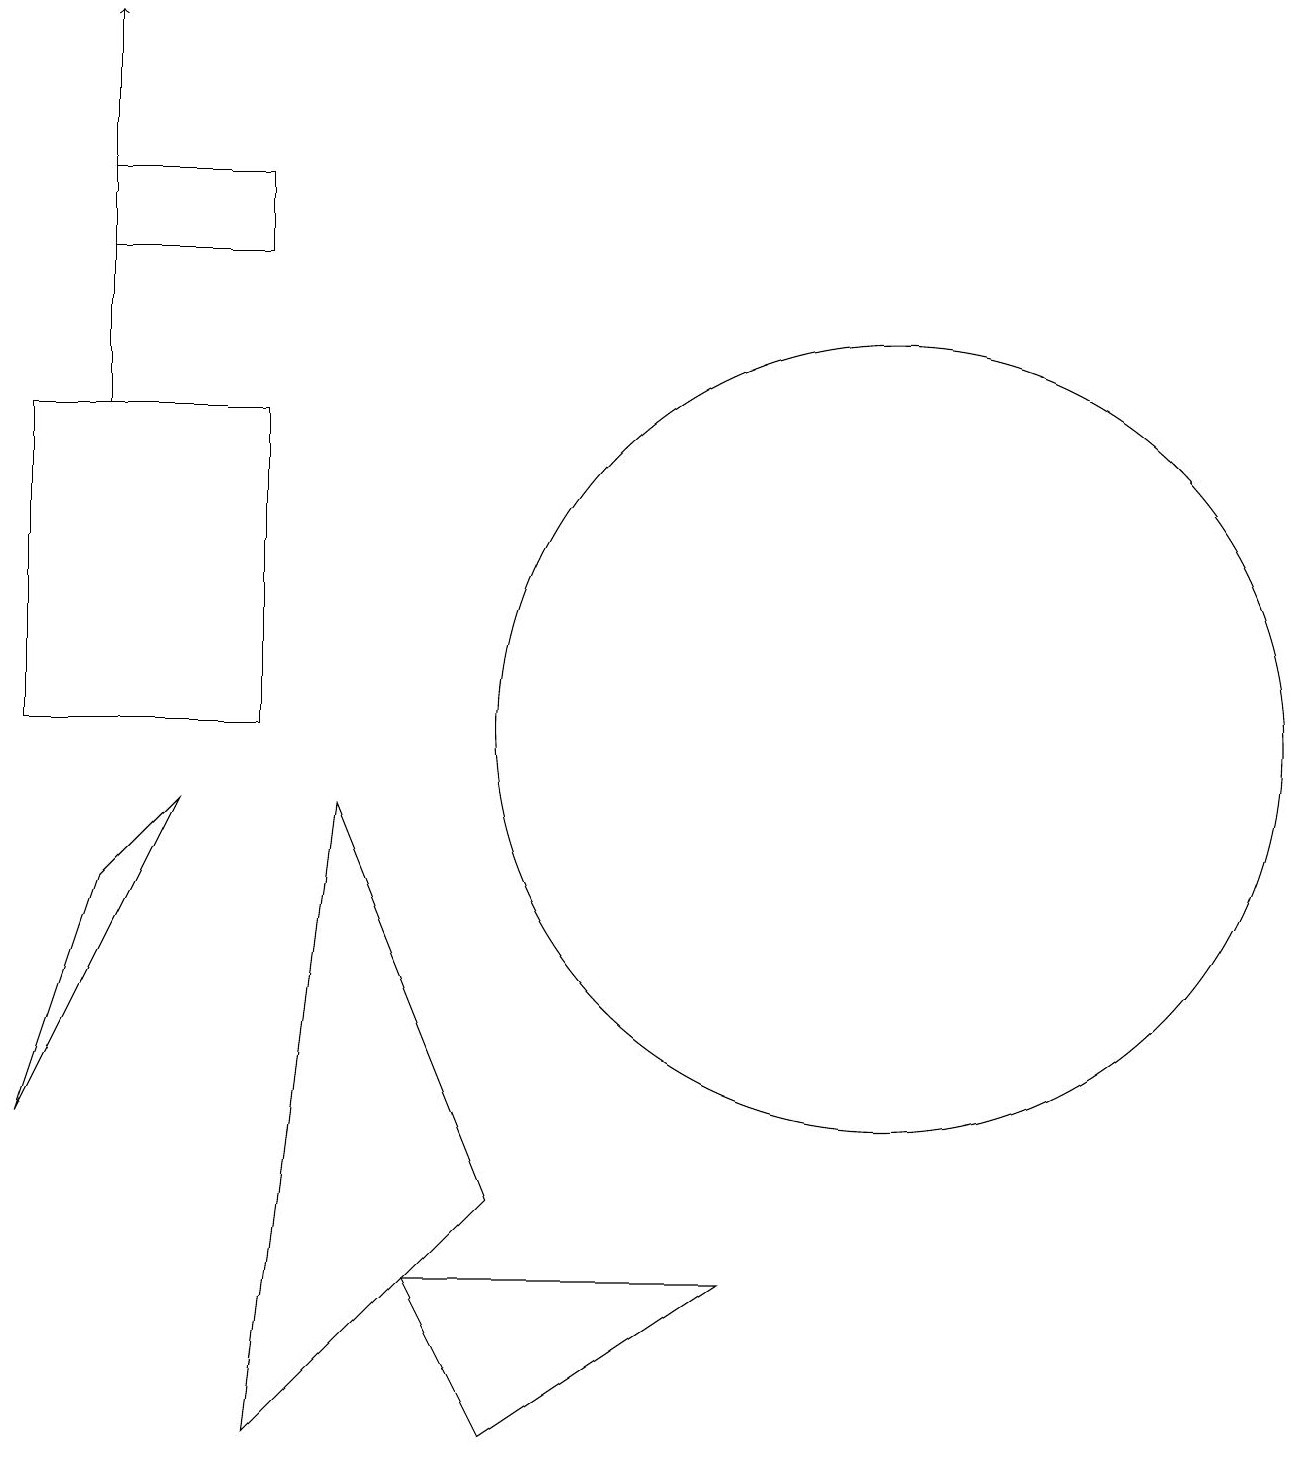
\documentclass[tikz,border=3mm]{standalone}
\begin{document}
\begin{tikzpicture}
\draw (4,9) -- (3,1) -- (6,4) -- cycle;
\draw (11,10) circle (5);
\draw (1,16) rectangle (3,17);
\draw (3,14) rectangle (0,10);
\draw (9,3) -- (5,3) -- (6,1) -- cycle;
\draw (2,9) -- (1,8) -- (0,5) -- cycle;
\draw[->] (1,14) -- (1,19);
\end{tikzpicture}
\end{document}